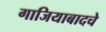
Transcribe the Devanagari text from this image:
गाजियाबादचे